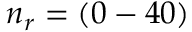
n _ { r } = ( 0 - 4 0 )